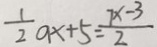
\frac { 1 } { 2 } a x + 5 = \frac { 7 x - 3 } { 2 }